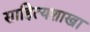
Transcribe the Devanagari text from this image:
साहित्यशाखा